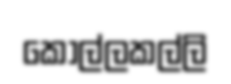
කොල්ලකල්ලි